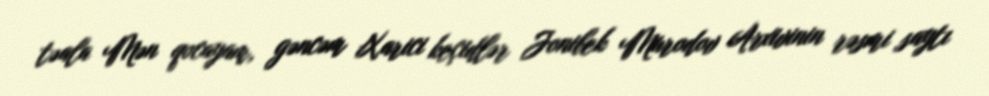
təala Mən qocayam, gəncəm Xarici keçidlər Jonibek Murodov Arxivinin rəsmi saytı